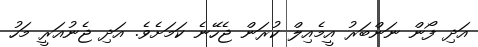
އަދި ފޯން ނަންބަރު އީމެއިލް ކުރަން ޖެހޭނެ ކަމަށެވެ. އަދި ޖެނުއަރީ މަހު